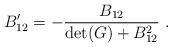
\begin{align*}B^\prime_{12}= -{B_{12}\over {\det(G)+B_{12}^2}}~.\end{align*}